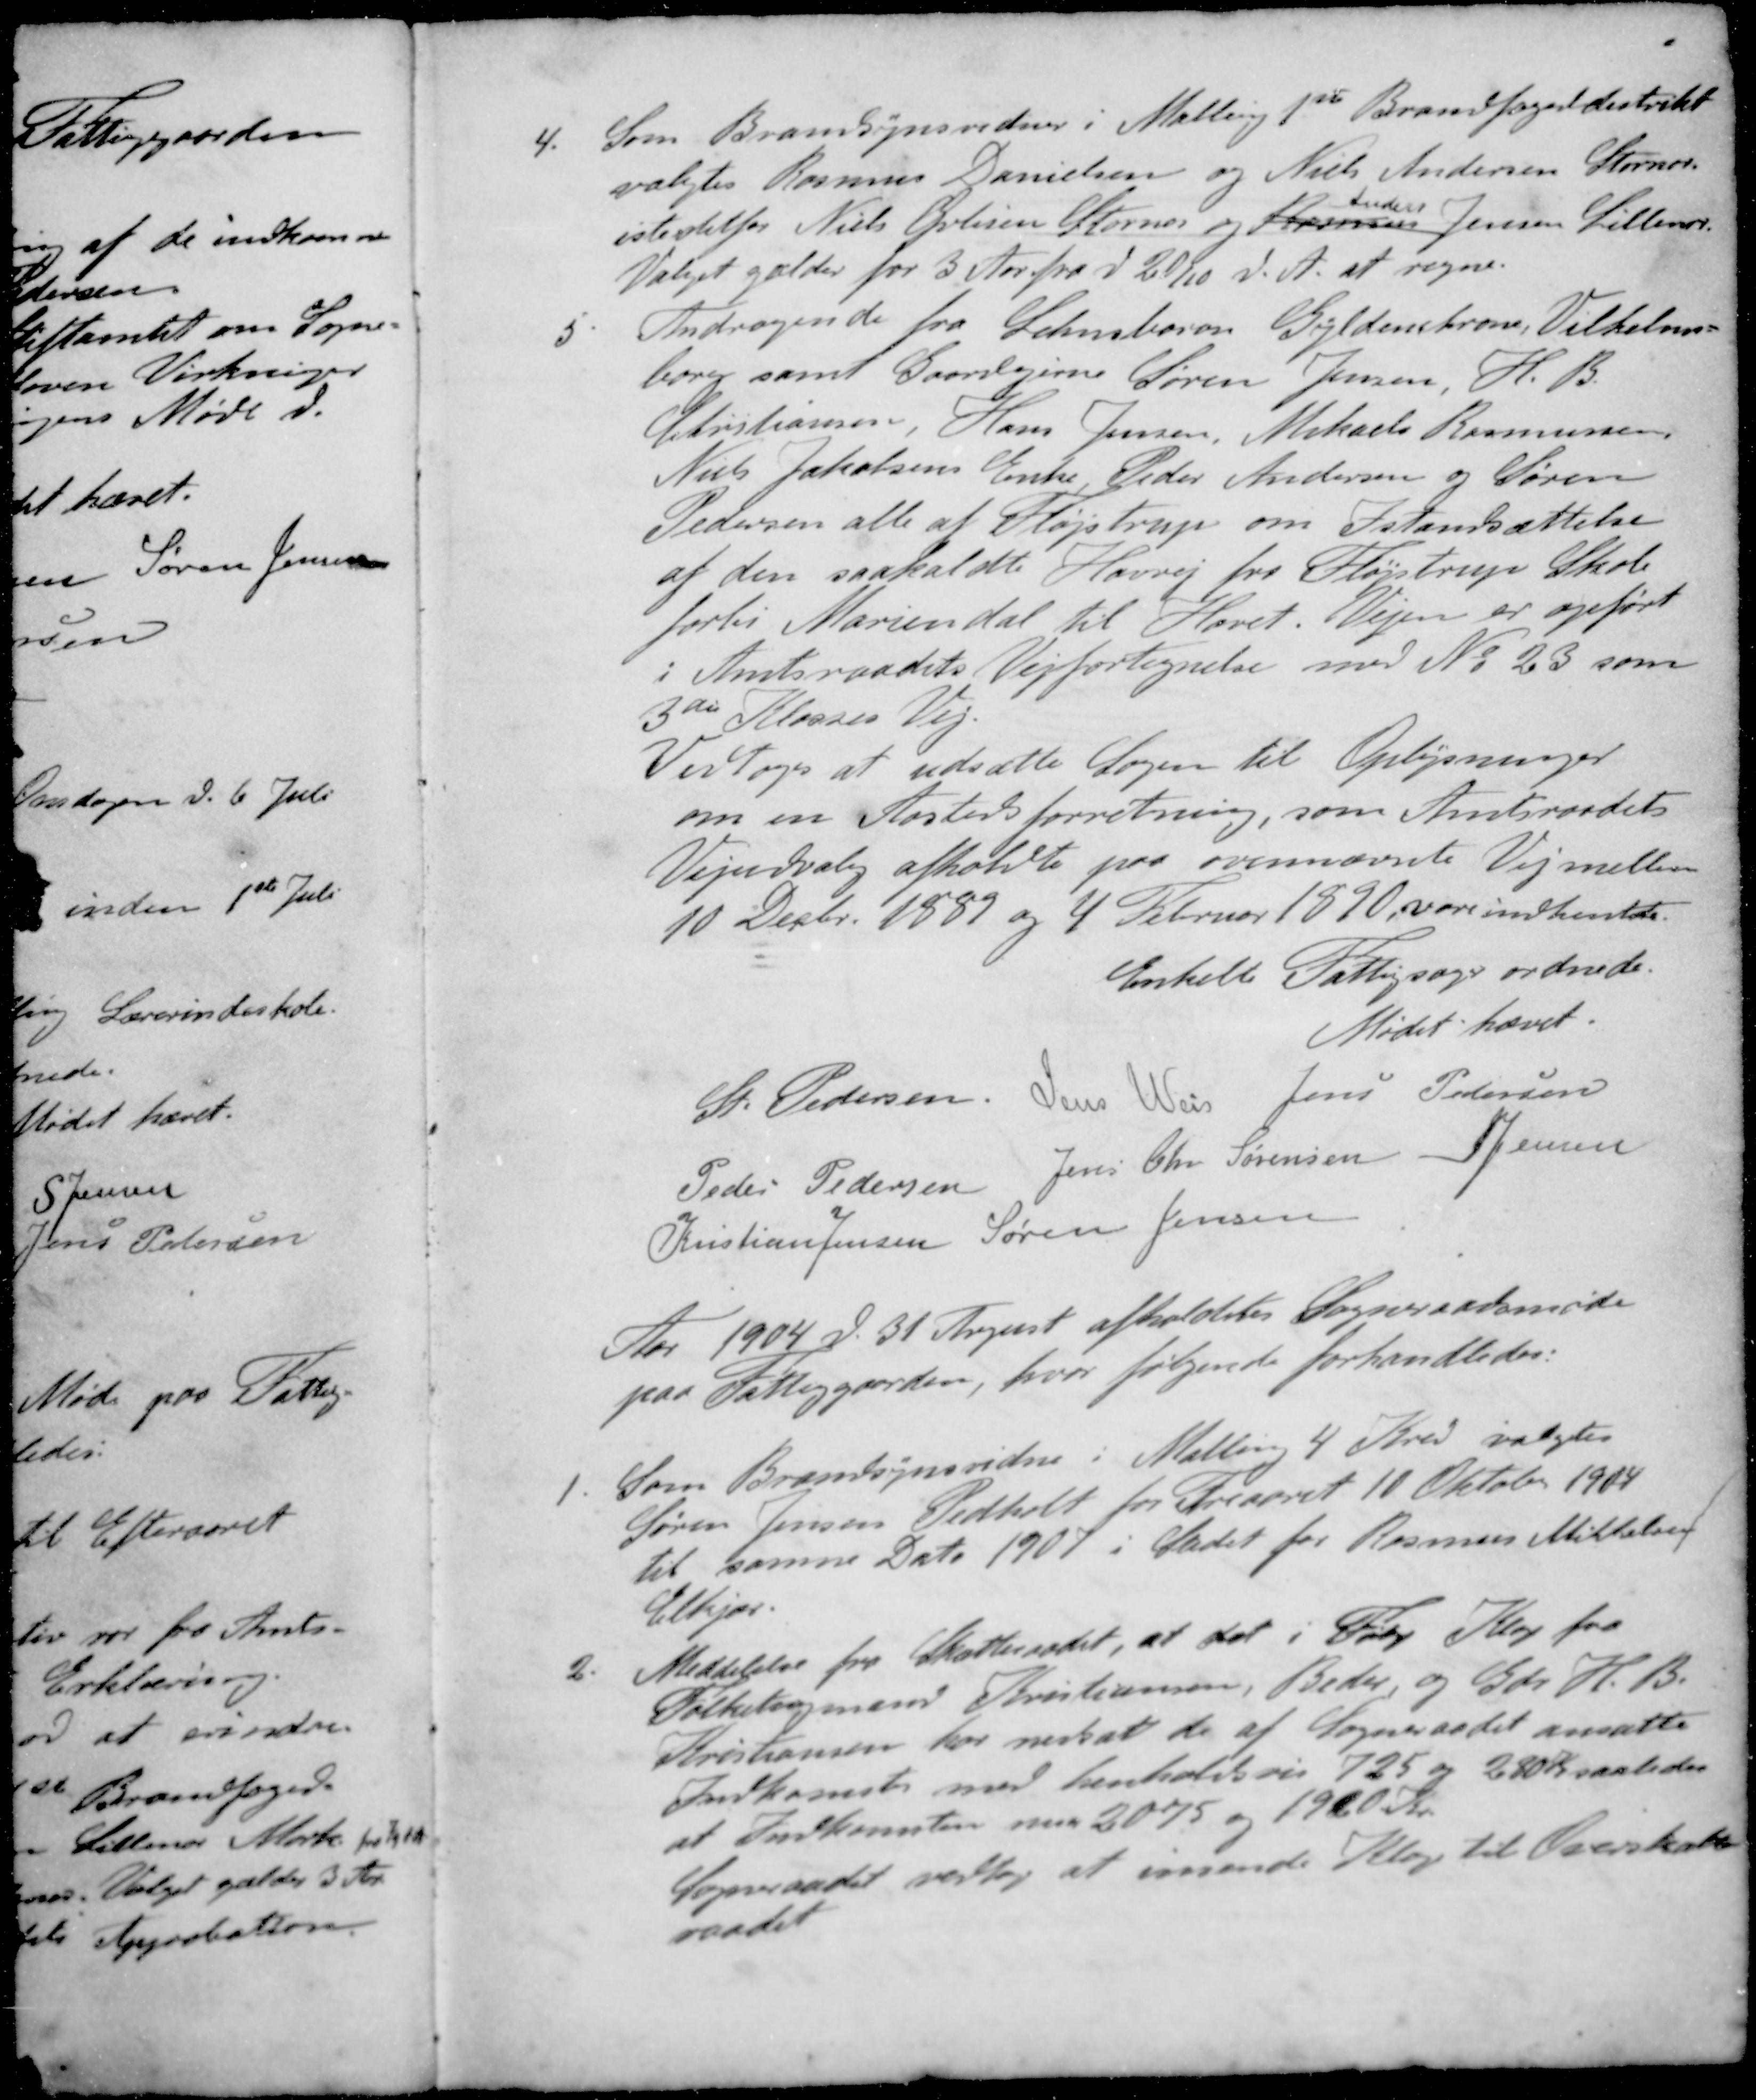
Transskription:
4. Som Brandsynsvidner i Malling 1ste Brandfoged distrikt
valgtes Rasmus Danielsen og Niels Andersen Stornor
Anders
istedetfor Niels Øvliisen Stornor og Rasmus Jensen Lillenor
Valget gælder for 3 Aar fra d. 20/10 d. A. at regne.
5. Andragende fra Lehnsbaron Gyldenkrone, Vilhelms-
borg samt Gaardejerne Søren Jensen H. B.
Christiansen, Hans Jensen, Mikael Rasmussen
Niels Jakobsens Enke Peder Andersen og Søren
Pedersen alle af Fløjstrup om Istandsættelse
af den saakaldt Havvej fra Fløjstrup Skole
forbi Mariendal til Havet. Vejen er opført
i Amtsraadets Vejfortegnelse med No 23 som
3de Klasses Vej.
Vedtoges at udsætte Sagen til Oplysninger
om en Aastedsforretning, som Amtsraadets
Vejudvalg afholdte paa ovennævnte Vej mellem
10 Decbr. 1887 og 4 Februar 1890, vare indhente.
Enkelte Fattigsager ordnede.
Mødet hævet.
St Pedersen
Jens Weis
Jens Petersen
Peder Pedersen
Jens Chr Sørensen
S Jensen
Kristian Jensen
Søren Jensen
Aar 1904 d. 31 August afholdtes Sogneraadsmøde
paa Fattiggaarden, hvor følgende forhandledes:
1. Som Brandsynsvidne i Mallin 4 Kred valgtes
Søren Jensen Pedholt for Treaaret 10 Oktober 1904
til samme Dato 1907 i Stedet for Rasmus Mikkelsen
Elkjær.
2. Meddelelse fra Skatteraadet, at det i Følge Klage fra
Folketingmand Kristiansen, Beder, og Gdr H. B.
Kristiansen har nedsat de af Sogneraadet ansatte
Indkomster med henholdsvis 725 og 280 Kr saaledes
at Indkomsten nu er 2075 og 1920 Kr.
Sogneraadet vedtog at insende Klage til Overskatte-
raadet